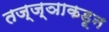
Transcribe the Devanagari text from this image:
तज्‍ज्ञाकडून